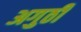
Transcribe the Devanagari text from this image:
अगुठी